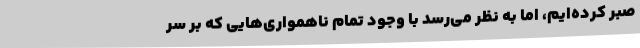
صبر کرده‌ایم، اما به نظر می‌رسد با وجود تمام ناهمواری‌هایی که بر سر